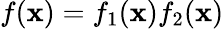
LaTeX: f(\mathbf{x})=f_{1}(\mathbf{x})f_{2}(\mathbf{x})